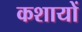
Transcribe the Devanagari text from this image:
कशायों